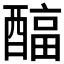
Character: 𲆹